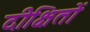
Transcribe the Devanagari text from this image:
दीक्षितों